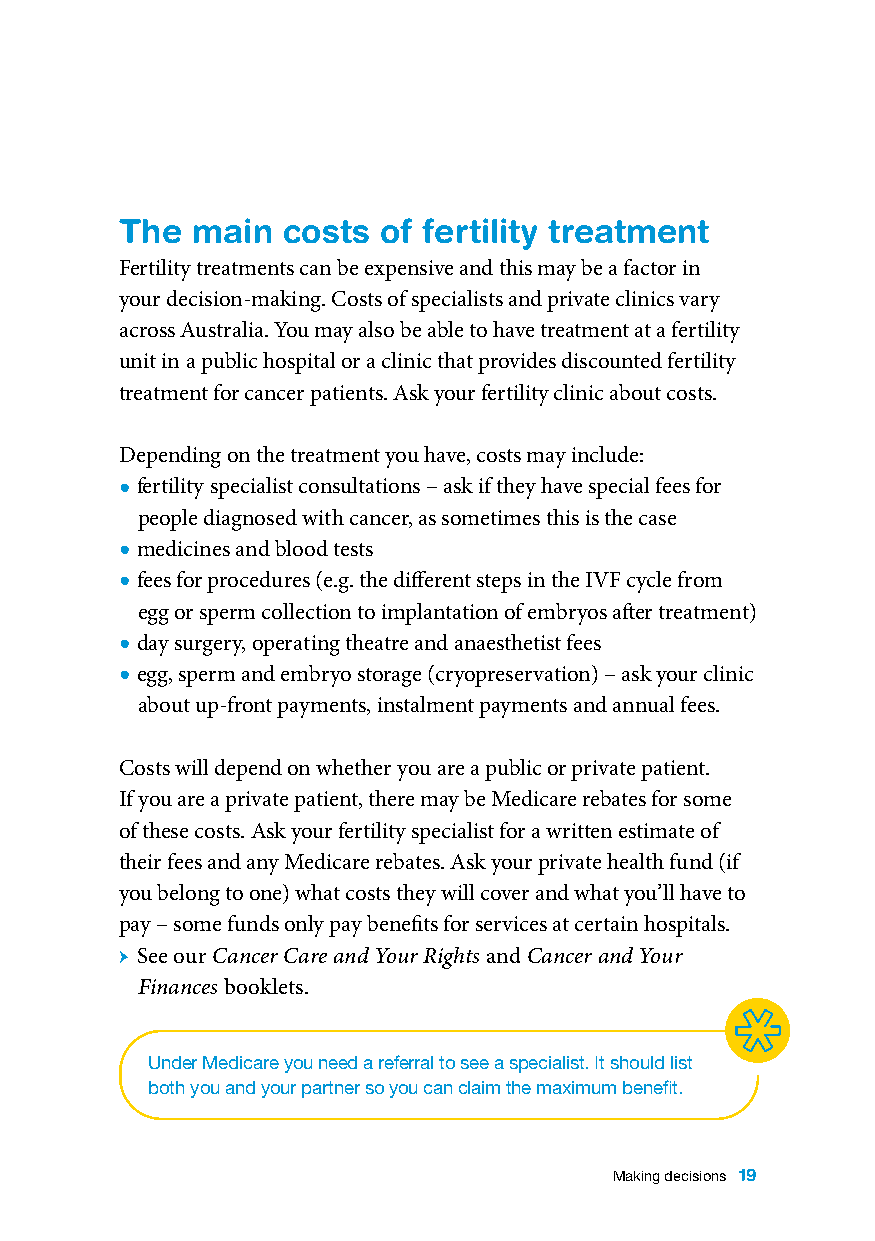
The  main  costs of fertility treatment
 Fertility treatments can be expensive and this may be a factor in
 your decision-making. Costs of specialists and private clinics vary
 across Australia. You may also be able to have treatment at a fertility
 unit in a public hospital or a clinic that provides discounted fertility
 treatment for cancer patients. Ask your fertility clinic about costs.
 Depending on the treatment you have, costs may include:
 • fertility specialist consultations – ask if they have special fees for
 people diagnosed with cancer, as sometimes this is the case
 • medicines and blood tests
 • fees for procedures (e.g. the different steps in the IVF cycle from
 egg or sperm collection to implantation of embryos after treatment)
 • day surgery, operating theatre and anaesthetist fees
 • egg, sperm and embryo storage (cryopreservation) – ask your clinic
 about up-front payments, instalment payments and annual fees.
 Costs will depend on whether you are a public or private patient.
 If you are a private patient, there may be Medicare rebates for some
 of these costs. Ask your fertility specialist for a written estimate of
 their fees and any Medicare rebates. Ask your private health fund (if
 you belong to one) what costs they will cover and what you’ll have to
 pay – some funds only pay benefits for services at certain hospitals.
 ӹ See our Cancer Care and Your Rights and Cancer and Your
 Finances booklets.
 Under Medicare you need a referral to see a specialist. It should list
 both you and your partner so you can claim the maximum benefit.
 Making decisions 19